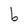
Character: b